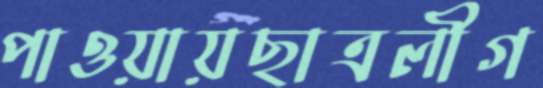
পাওয়ায়ছাত্রলীগ